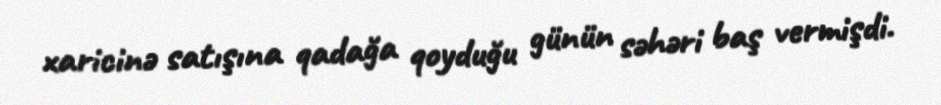
xaricinə satışına qadağa qoyduğu günün səhəri baş vermişdi.